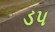
ડપ